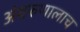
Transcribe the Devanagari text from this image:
अंथरुणालाच